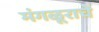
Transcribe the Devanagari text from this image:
मंगळूराचे